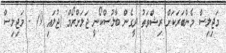
މަޖިލިސް މެންބަރަަކަށް ރިޝްވަތު ދީގެން ބާލުސްކޯނީ ޖަލަށްރޯމް (ޖުލައި 9) - މަޖިލިސް